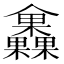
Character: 𣡰